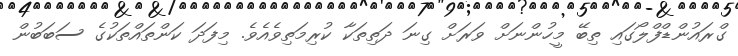
ގްރައުންޑްފްލޯގައި ތިބޭ މީހުންނަށް ވަރަށް ގިނަ ދަތިތަކާ ކުރިމަތިވެއެވެ. މިފަދަ ކަންތައްތަކުގެ ސަބަބުން